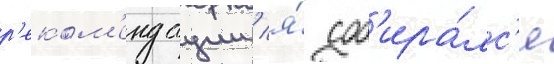
р'еком'ендации / я́ соб'ира́лс'я